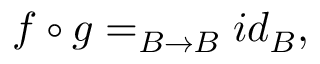
f \circ g = _ { B \rightarrow B } i d _ { B } ,